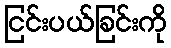
ငြင်းပယ်ခြင်းကို